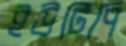
ইউটিপি